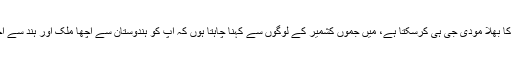
نریندر مودی کو جموں کشمیرکا غمخوار قرار دیتے ہوئے شہنواز نے کہا 'جموں کشمیر کا بھلا مودی جی ہی کرسکتا ہے، میں جموں کشمیر کے لوگوں سے کہنا چاہتا ہوں کہ آپ کو ہندوستان سے اچھا ملک اور ہند سے اچھا دوست نہیں ملنے والا ہے، آپ ساتھ چلیں جو مشکلات ہیں انہیں بھی دورکیا جائےگا'۔